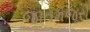
જાતમજૂરી